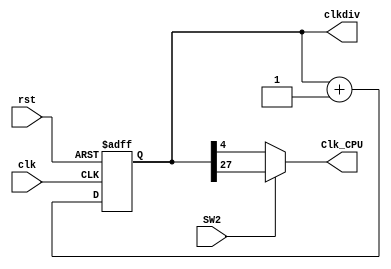
`timescale 1ns / 1ps
//////////////////////////////////////////////////////////////////////////////////
// Company: 
// Engineer: 
// 
// Design Name: 
// Module Name: clk_div
// Project Name: 
// Target Devices: 
// Tool Versions: 
// Description: 
// 
// Dependencies: 
// 
// Revision:
// Revision 0.01 - File Created
// Additional Comments:
// 
//////////////////////////////////////////////////////////////////////////////////


module clk_div(//chgange to clk27
    input clk,
    input rst,
    input SW2,
    output reg [31: 0] clkdiv,
    output Clk_CPU
    );
    
    always @ (posedge clk or posedge rst) begin
        if (rst)
            clkdiv <= 32'b0;
        else
            clkdiv <= clkdiv + 1;
    end
    
    assign Clk_CPU = (SW2 == 1) ? clkdiv[27] : clkdiv[4];
    
endmodule